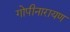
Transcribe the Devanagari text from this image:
गोपीनारायण